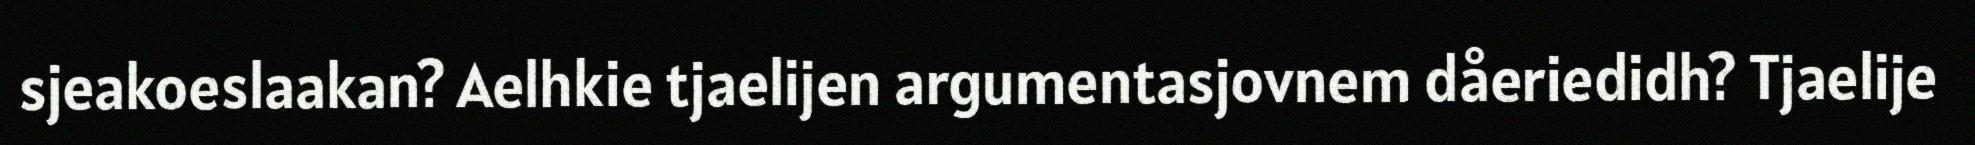
sjeakoeslaakan? Aelhkie tjaelijen argumentasjovnem dåeriedidh? Tjaelije